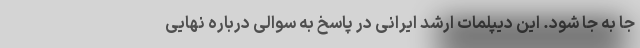
جا به جا شود. این دیپلمات ارشد ایرانی در پاسخ به سوالی درباره نهایی